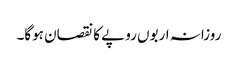
روزانہ اربوں روپے کا نقصان ہوگا۔